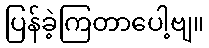
ပြန်ခဲ့ကြတာပေါ့ဗျ။